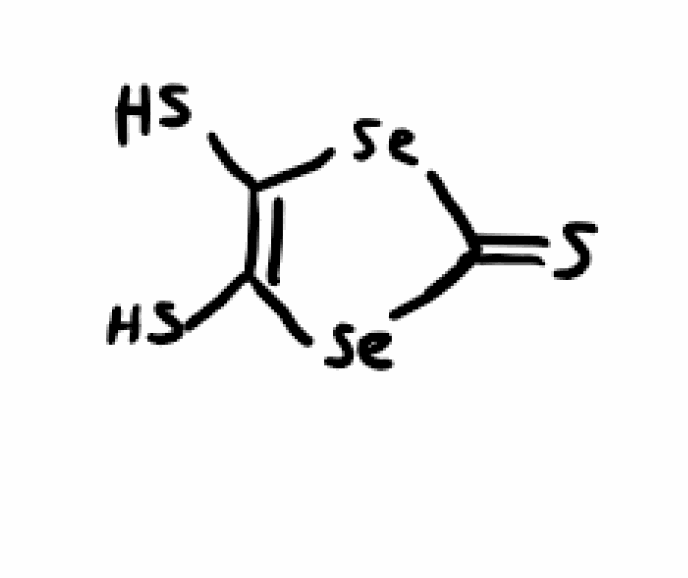
Simplified molecular-input line-entry system (SMILES) notation of the given molecule:
C1(=C([Se]C(=S)[Se]1)S)S